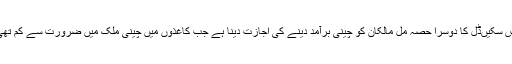
اس سکیںڈل کا دوسرا حصہ مل مالکان کو چینی برآمد دینے کی اجازت دینا ہے جب کاغذوں میں چینی ملک میں ضرورت سے کم تھی۔